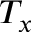
T _ { x }